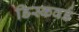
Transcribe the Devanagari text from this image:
डिस्कवर्ड